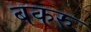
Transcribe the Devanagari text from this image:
बकरु